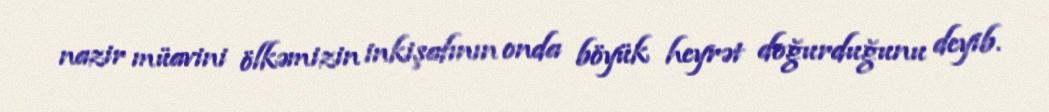
nazir müavini ölkəmizin inkişafının onda böyük heyrət doğurduğunu deyib.